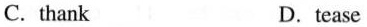
C.thank